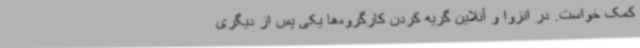
کمک خواست. در انزوا و آنلاین گریه کردن کارگروه‌ها یکی پس از دیگری